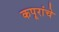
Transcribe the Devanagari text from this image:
कपूरांचे